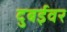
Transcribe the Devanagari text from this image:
दुबईवर